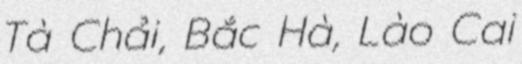
Tà Chải, Bắc Hà, Lào Cai